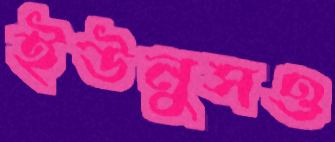
ইউনুসও